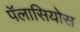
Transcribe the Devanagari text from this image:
पॅलासियोस